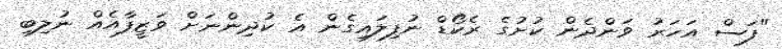
"ފަސް އަހަރު ވަންދެން ކުށުގެ ރެކޯޑް ނުފިލައިގެން އެ ކުދިންނަށް ވަޒީފާއެއް ނުލިބި